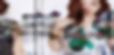
মাইনুর